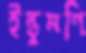
ইন্তুমণি